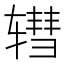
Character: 𫐕